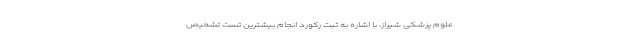
علوم‌ پزشکی شیراز، با اشاره به ثبت رکورد انجام بیشترین تست تشخیص